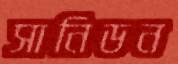
সানিডন